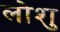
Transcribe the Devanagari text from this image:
लोशु